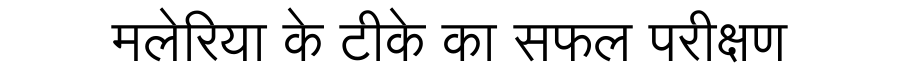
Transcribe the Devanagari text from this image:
मलेरिया के टीके का सफल परीक्षण